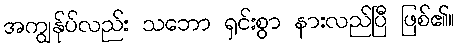
အကျွန်ုပ်လည်း သဘော ရှင်းစွာ နားလည်ပြီ ဖြစ်၏။